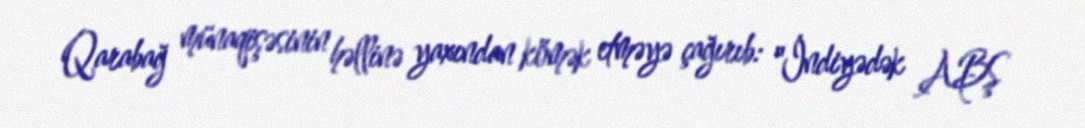
Qarabağ münaqişəsinin həllinə yaxından kömək etməyə çağırıb: "İndiyədək ABŞ